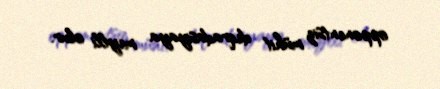
opponentsiz mühit deqradasiyaya meylli olur.